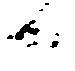
候